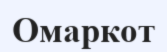
Омаркот